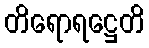
တိရောရဋ္ဌေတိ